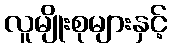
လူမျိုးစုများနှင့်